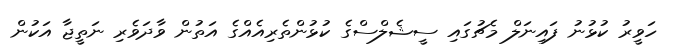
ހަވީރު ކުޅުނު ފައިނަލް މެޗުގައި ސީޝެލްސްގެ ކުޅުންތެރިއެއްގެ އަތުން ވާދަވެރި ނަތީޖާ އަކުން